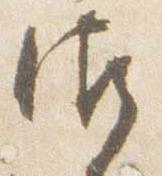
御